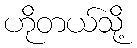
ဟိုတယ်သို့